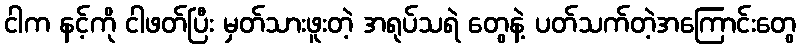
ငါက နင့်ကို ငါဖတ်ပြီး မှတ်သားဖူးတဲ့ အရုပ်သရဲ တွေနဲ့ ပတ်သက်တဲ့အကြောင်းတွေ